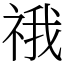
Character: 䄉